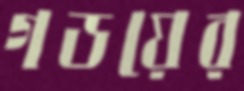
গডয়ের